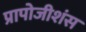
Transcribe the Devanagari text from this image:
प्रापोजीशंस